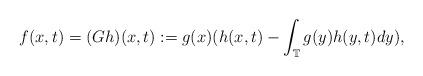
LaTeX: \begin{align*}f(x,t)=(Gh)(x,t):= g(x)( h(x,t)-\int_{\mathbb{T}}g(y) h(y,t) dy),\end{align*}